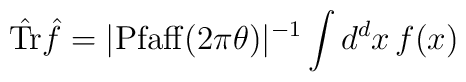
\hat {\rm Tr} {\hat f} =|{\rm Pfaff}(2\pi\theta )|^{-1} \int  d^{d}x  \, f(x)